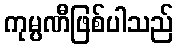
ကုမ္ပဏီဖြစ်ပါသည်